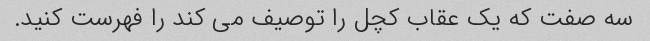
سه صفت که یک عقاب کچل را توصیف می کند را فهرست کنید.